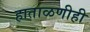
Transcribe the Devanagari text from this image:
हाताळणीही